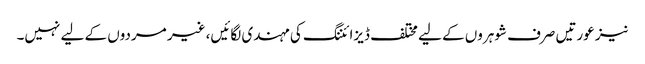
نیز عورتیں صرف شوہروں کے لیے مختلف ڈیزائننگ کی مہندی لگائیں، غیر مردوں کے لیے نہیں۔